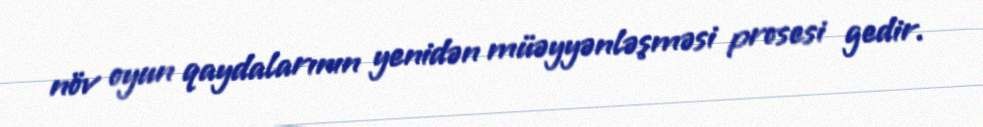
növ oyun qaydalarının yenidən müəyyənləşməsi prosesi gedir.